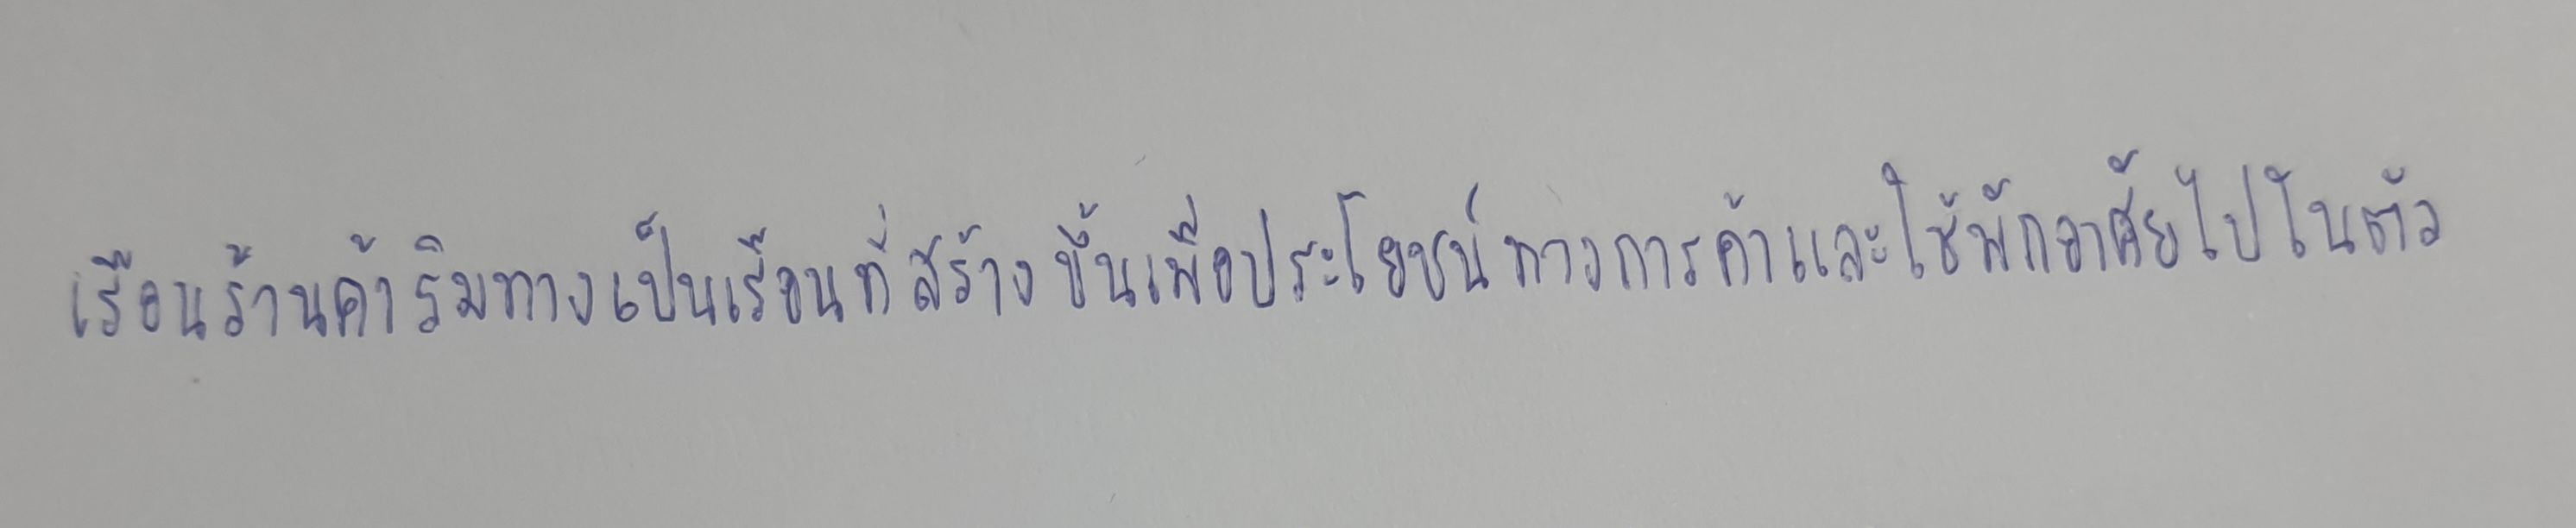
เรือนร้านค้าริมทางเป็นเรือนที่สร้างขึ้นเพื่อประโยชน์ทางการค้าและใช้พักอาศัยไปในตัว